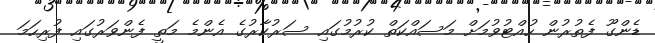
ޑެންގޫ ފެތުރުން ހުއްޓުވުމަށް މަސައްކަތް ކުރުމުގައި ސަރުކާރުގެ އެންމެ މަތީ ފެންވަރުގައި ފުރިހަމަ